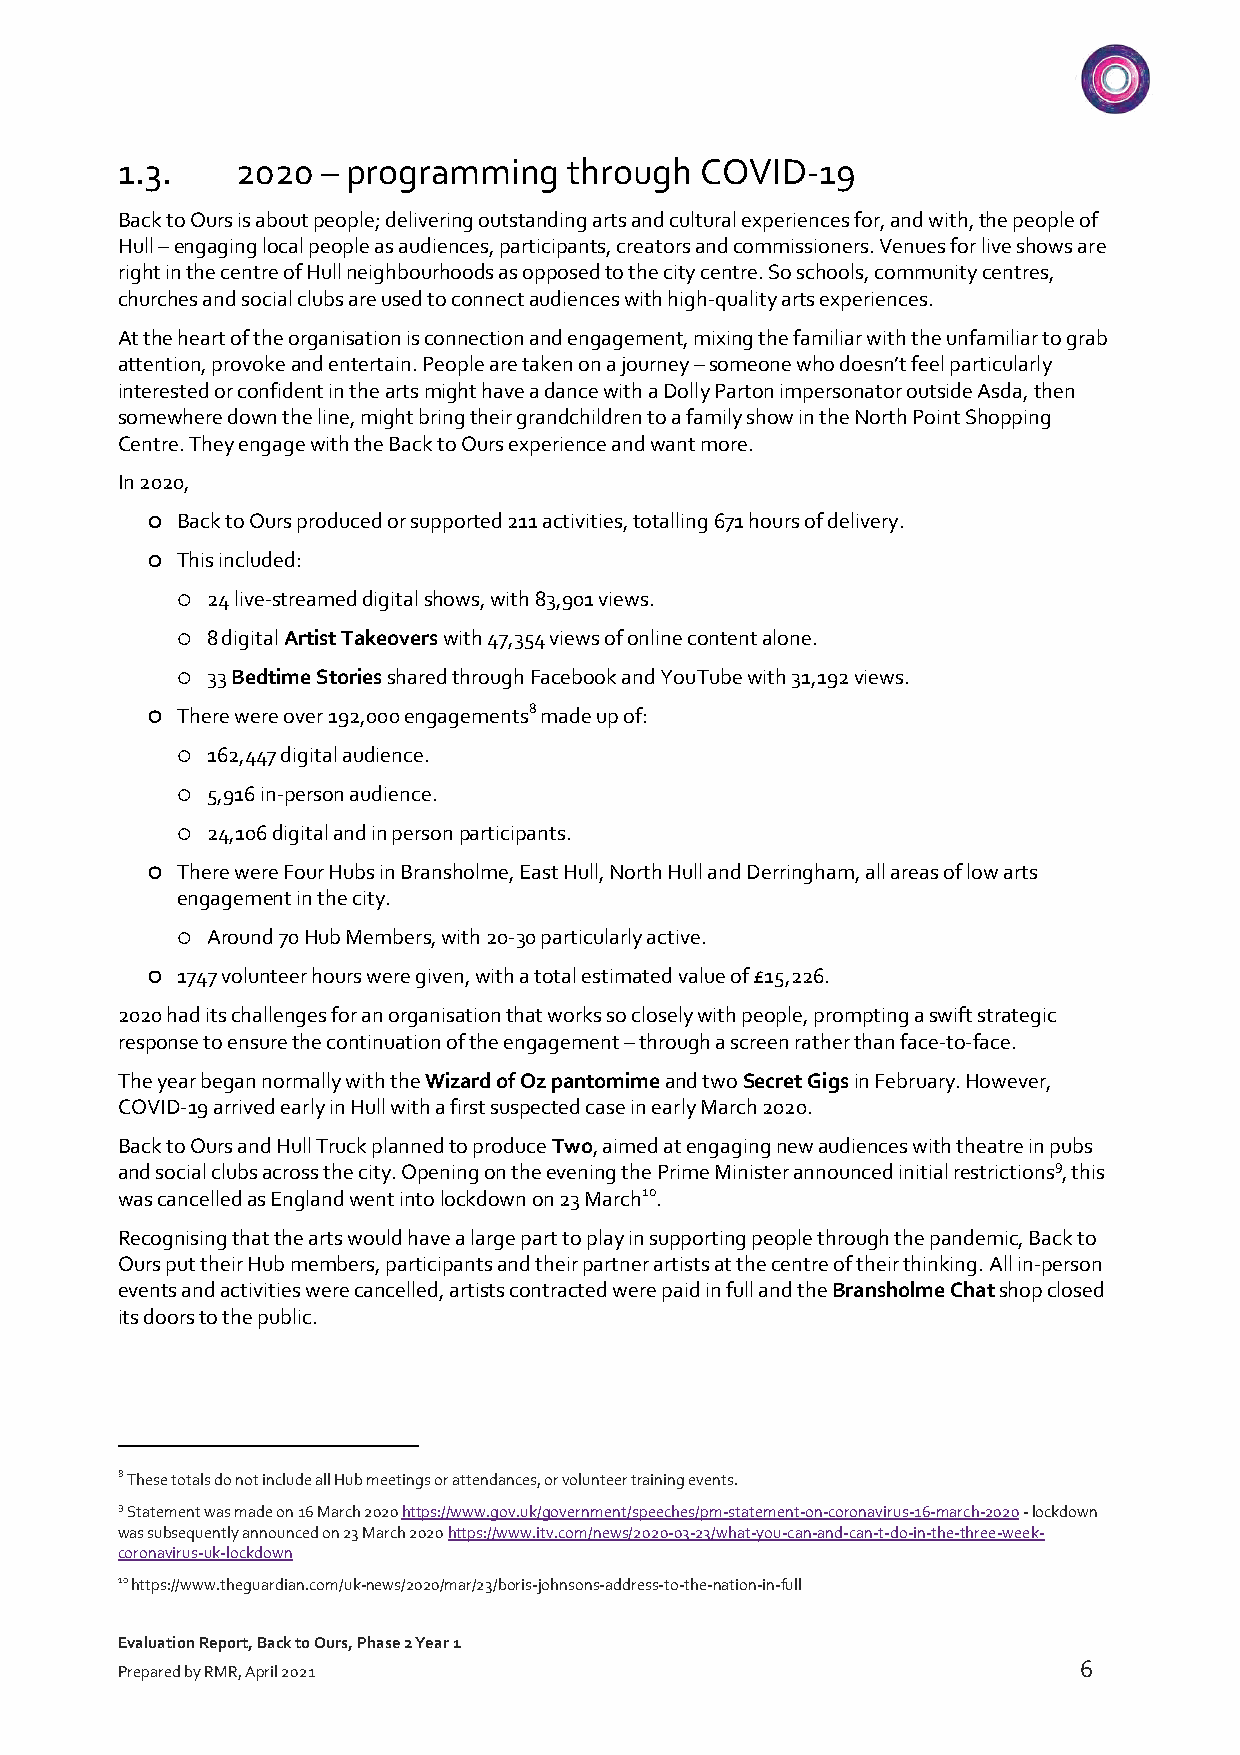
1.3.    2020 – programming    through COVID-19
 Back to Ours is about people; delivering outstanding arts and cultural experiences for, and with, the people of
 Hull – engaging local people as audiences, participants, creators and commissioners. Venues for live shows are
 right in the centre of Hull neighbourhoods as opposed to the city centre. So schools, community centres,
 churches and social clubs are used to connect audiences with high-quality arts experiences.
 At the heart of the organisation is connection and engagement, mixing the familiar with the unfamiliar to grab
 attention, provoke and entertain. People are taken on a journey – someone who doesn’t feel particularly
 interested or confident in the arts might have a dance with a Dolly Parton impersonator outside Asda, then
 somewhere down the line, might bring their grandchildren to a family show in the North Point Shopping
 Centre. They engage with the Back to Ours experience and want more.
 In 2020,
 ¡ Back to Ours produced or supported 211 activities, totalling 671 hours of delivery.
 ¡ This included:
 ¡ 24 live-streamed digital shows, with 83,901 views.
 ¡ 8 digital Artist Takeovers with 47,354 views of online content alone.
 ¡ 33 Bedtime Stories shared through Facebook and YouTube with 31,192 views.
 ¡ There were over 192,000 engagements8 made up of:
 ¡ 162,447 digital audience.
 ¡ 5,916 in-person audience.
 ¡ 24,106 digital and in person participants.
 ¡ There were Four Hubs in Bransholme, East Hull, North Hull and Derringham, all areas of low arts
 engagement in the city.
 ¡ Around 70 Hub Members, with 20-30 particularly active.
 ¡ 1747 volunteer hours were given, with a total estimated value of £15,226.
 2020 had its challenges for an organisation that works so closely with people, prompting a swift strategic
 response to ensure the continuation of the engagement – through a screen rather than face-to-face.
 The year began normally with the Wizard of Oz pantomime and two Secret Gigs in February. However,
 COVID-19 arrived early in Hull with a first suspected case in early March 2020.
 Back to Ours and Hull Truck planned to produce Two, aimed at engaging new audiences with theatre in pubs
 and social clubs across the city. Opening on the evening the Prime Minister announced initial restrictions9, this
 was cancelled as England went into lockdown on 23 March10.
 Recognising that the arts would have a large part to play in supporting people through the pandemic, Back to
 Ours put their Hub members, participants and their partner artists at the centre of their thinking. All in-person
 events and activities were cancelled, artists contracted were paid in full and the Bransholme Chat shop closed
 its doors to the public.
 8 These totals do not include all Hub meetings or attendances, or volunteer training events.
 9 Statement was made on 16 March 2020 https://www.gov.uk/government/speeches/pm-statement-on-coronavirus-16-march-2020 - lockdown
 was subsequently announced on 23 March 2020 https://www.itv.com/news/2020-03-23/what-you-can-and-can-t-do-in-the-three-week-
 coronavirus-uk-lockdown
 10 https://www.theguardian.com/uk-news/2020/mar/23/boris-johnsons-address-to-the-nation-in-full
 Evaluation Report, Back to Ours, Phase 2 Year 1
 6
 Prepared by RMR, April 2021